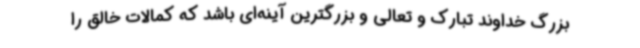
بزرگ خداوند تبارک و تعالی و بزرگترین آینه‌ای باشد که کمالات خالق را